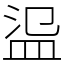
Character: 䀀